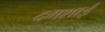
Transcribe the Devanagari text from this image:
दगशाई